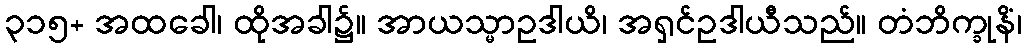
၃၁၅+ အထခေါ၊ ထိုအခါ၌။ အာယသ္မာဥဒါယိ၊ အရှင်ဥဒါယီသည်။ တံဘိက္ခုနိံ၊